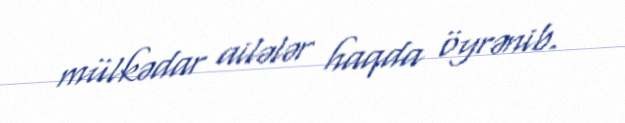
mülkədar ailələr haqda öyrənib.